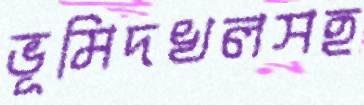
ভূমিদখলসহ